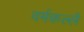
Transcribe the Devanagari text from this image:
वर्मकल्लै